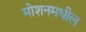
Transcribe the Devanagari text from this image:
मोशनमधील